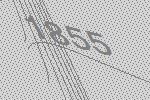
1855